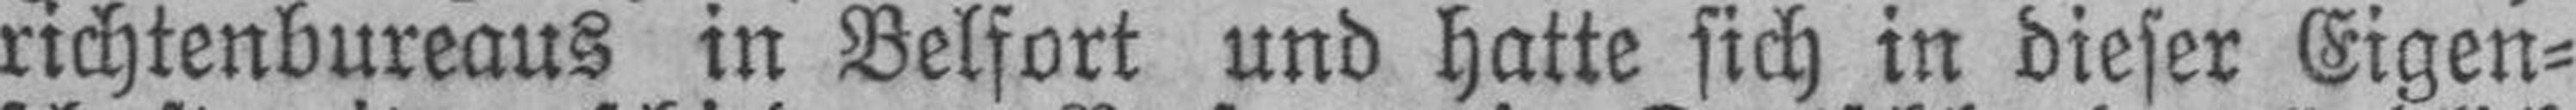
richtenbureaus in Belfort und hatte sich in dieser Eigen¬